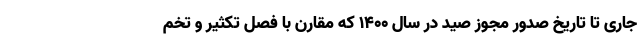
جاری تا تاریخ صدور مجوز صید در سال ۱۴۰۰ که مقارن با فصل تکثیر و تخم